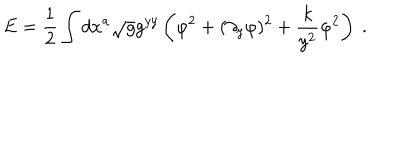
LaTeX: E = { \frac { 1 } { 2 } } \int d x ^ { a } \sqrt { g } g ^ { y y } \left( \dot { \varphi } ^ { 2 } + ( \partial _ { y } \varphi ) ^ { 2 } + { \frac { k } { y ^ { 2 } } } \varphi ^ { 2 } \right) \ .